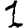
Digit: 1